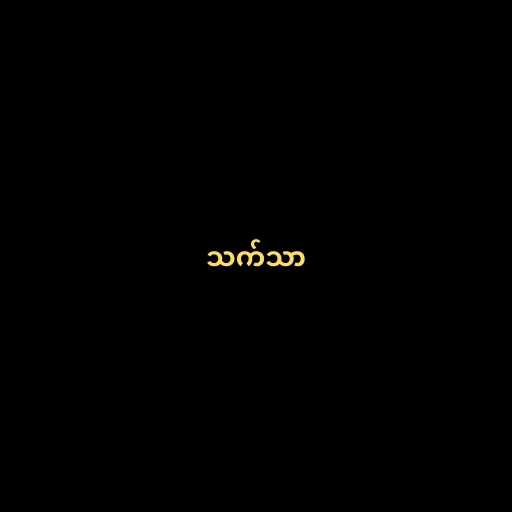
သက်သာ